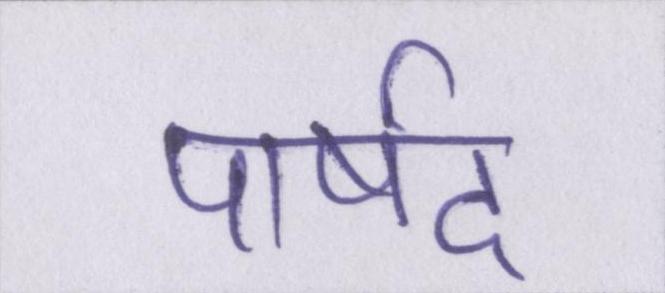
पार्षद